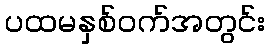
ပထမနှစ်ဝက်အတွင်း